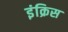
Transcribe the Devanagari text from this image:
इंक्रिस